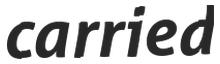
carried